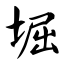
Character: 堀